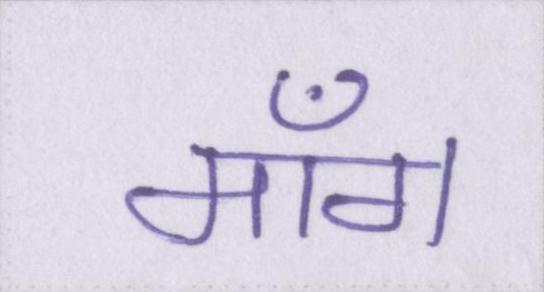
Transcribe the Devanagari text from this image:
माँग